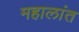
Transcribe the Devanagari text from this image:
महालांत